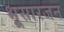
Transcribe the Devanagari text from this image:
भूसारजन